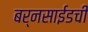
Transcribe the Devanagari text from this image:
बर्नसाईडची